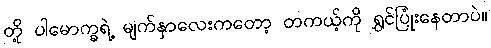
တို့ ပါမောက္ခရဲ့ မျက်နှာလေးကတော့ တကယ့်ကို ရွှင်ပြုံးနေတာပဲ။